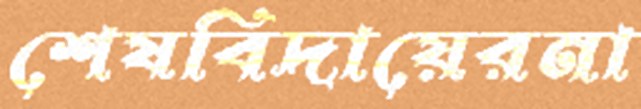
শেষবিদায়েরনা